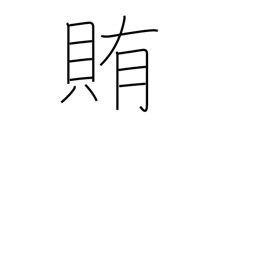
Meaning: supply